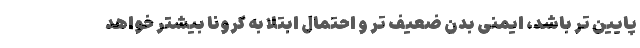
پایین تر باشد، ایمنی بدن ضعیف تر و احتمال ابتلا به کرونا بیشتر خواهد